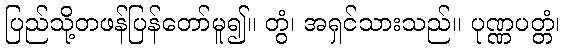
ပြည်သို့တဖန်ပြန်တော်မူ၍။ တွံ၊ အရှင်သားသည်။ ပုဏ္ဏပတ္တံ၊